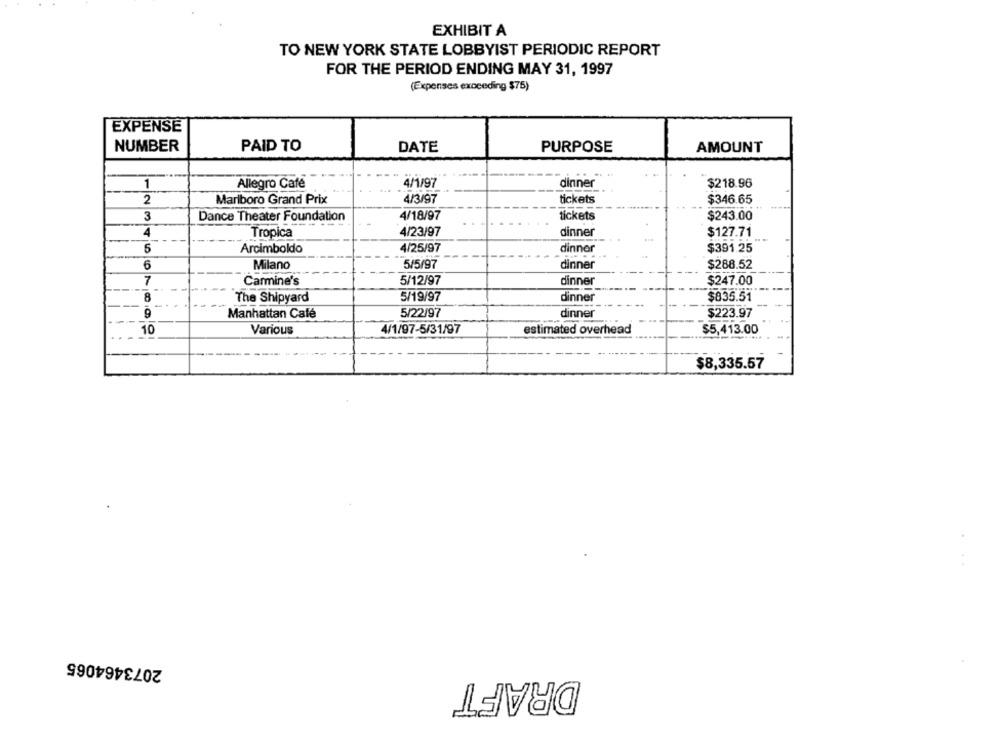
EXHIBIT A
TO NEW YORK STATE LOBBYIST PERIODIC REPORT
FOR THE PERIOD ENDING MAY 31, 1997
(Expenses exceeding $75)
EXPENSE
NUMBER
PAID TO
DATE
PURPOSE
AMOUNT
1
Allegro Café
4/1/97
dinner
$218.96
2
Marlboro Grand Prix
4/3/97
tickets
$346.65
3
4/18/97
Dance Theater Foundation
tickets
$243.00
Tropica
4/23/97
dinner
$127.71
5
Arcimboldo
4/25/97
dinner
$391.25
6
Milano
5/5/97
dinner
$288.52
7
Carmine's
5/12/97
dinner
$247.00
8
dinner
The Shipyard
5/19/97
$835.51
Manhattan Café
5/22/97
dinner
$223.97
10
Various
4/1/97-5/31/97
estimated overhead
$5,413.00
$8,335.57
2073464065
DRAFT